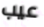
عيب